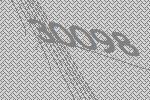
30098